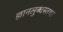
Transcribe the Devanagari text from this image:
ज्ञानलुब्धस्तथा